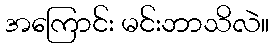
အကြောင်း မင်းဘာသိလဲ။